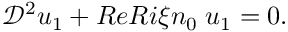
\mathcal { D } ^ { 2 } u _ { 1 } + R e R i \xi n _ { 0 } \; u _ { 1 } = 0 .